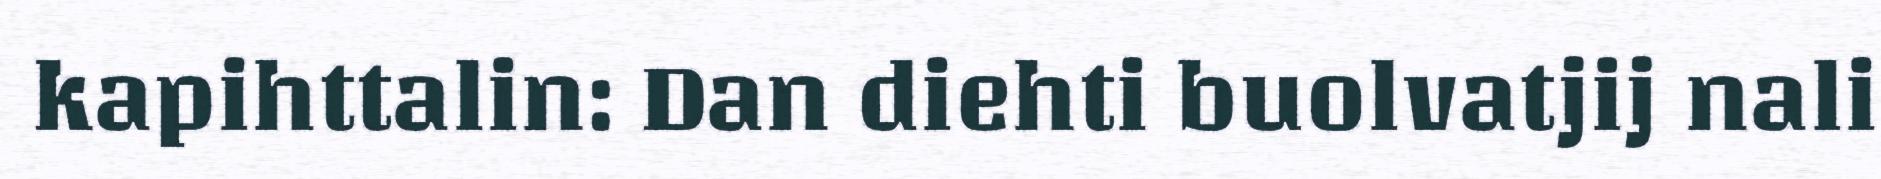
kapihttalin: Dan diehti buolvatjij nali